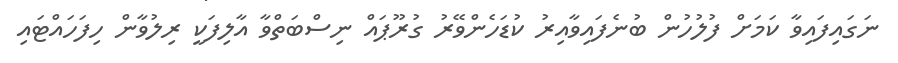
ނަގައިފައިވާ ކަމަށް ފުލުހުން ބުނެފައިވާއިރު ކުޑަހެންވޭރު ގުރޫޕައް ނިސްބަތްވާ އާލިފަކީ ރިލުވާން ހިފަހައްޓައި